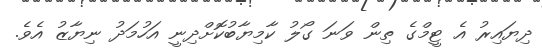
ދިޔައިރު އެ ޓީމްގެ ތިން ވަނަ ގޯލު ކާމިޔާބުކޮށްދިނީ އަހުމަދު ނިޔާޒު އެވެ.